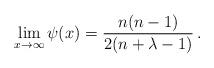
LaTeX: \begin{align*}\lim_{x\rightarrow\infty}\psi(x)=\frac{n(n-1)}{2(n+\lambda-1)}\,.\end{align*}